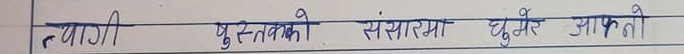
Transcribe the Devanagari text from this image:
त्यागी पुस्तकको संसारमा घुमेर आफ़ती